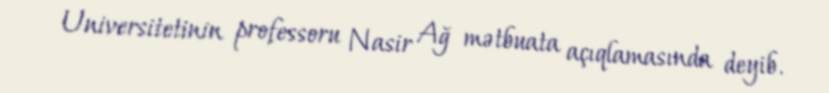
Universitetinin professoru Nasir Ağ mətbuata açıqlamasında deyib.